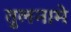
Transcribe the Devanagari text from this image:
तुलनामे